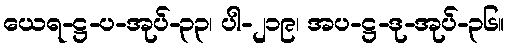
ယေရ-ဋ္ဌ-ပ-အုပ်-၃၃၊ ပါ-၂၁၉၊ အပ-ဋ္ဌ-ဒု-အုပ်-၃၆။